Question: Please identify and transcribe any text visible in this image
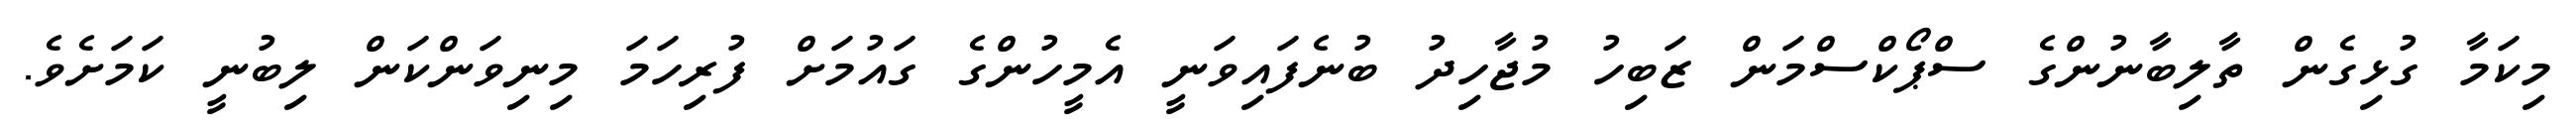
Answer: މިކަމާ ގުޅިގެން ތާލިބާނުންގެ ސްޕޯކްސްމަން ޒަބިހު މުޖާހިދު ބުނެފައިވަނީ އެމީހުންގެ ގައުމަށް ފުރިހަމަ މިނިވަންކަން ލިބުނީ ކަމަށެވެ.